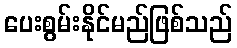
ပေးစွမ်းနိုင်မည်ဖြစ်သည်